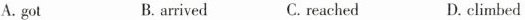
A.got B. arrived C.reached D.climbed